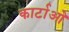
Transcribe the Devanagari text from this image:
कार्टाओ